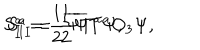
LaTeX: S _ { I } ^ { a } = \frac 1 2 \overline { { \Psi } } T ^ { a } \Psi , \hspace { 1 c m } S _ { I I } ^ { a } = \frac 1 2 \overline { { \Psi } } T ^ { a } O _ { 3 } \Psi ,